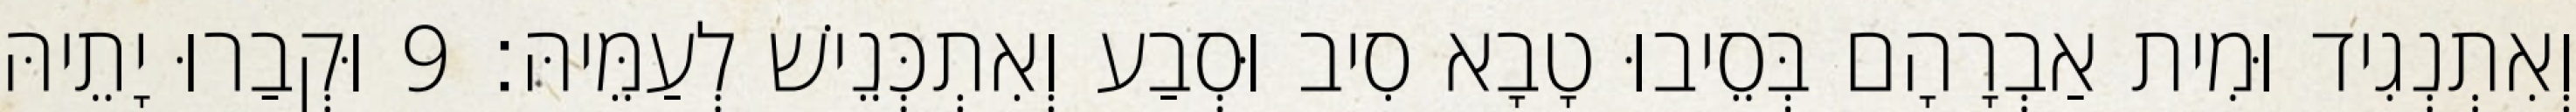
וְאִתְנְגִיד וּמִית אַבְרָהָם בְּסֵיבוּ טָבָא סִיב וּסְבַע וְאִתְכְּנֵישׁ לְעַמֵּיהּ׃ 9 וּקְבַרוּ יָתֵיהּ